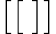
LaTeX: \big[\big[\; \big]\big]